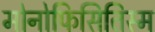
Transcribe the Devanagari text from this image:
मोनोफिसितिस्म